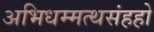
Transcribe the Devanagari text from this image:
अभिधम्मत्थसंहहो